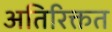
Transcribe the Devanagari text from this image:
अतिरिक्तत